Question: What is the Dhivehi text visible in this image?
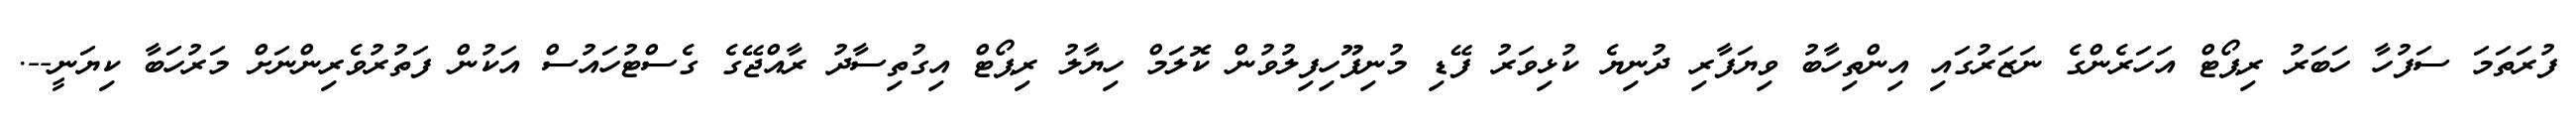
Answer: ފުރަތަމަ ސަފުހާ ހަބަރު ރިޕޯޓް އަހަރެންގެ ނަޒަރުގައި އިންތިހާބު ވިޔަފާރި ދުނިޔެ ކުޅިވަރު ފޭޑި މުނިފޫހިފިލުވުން ކޮލަމް ހިޔާލު ރިޕޯޓް އިގުތިސާދު ރާއްޖޭގެ ގެސްޓުހައުސް އަކުން ފަތުރުވެރިންނަށް މަރުހަބާ ކިޔަނީ--.